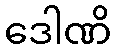
ဒေါဏိ